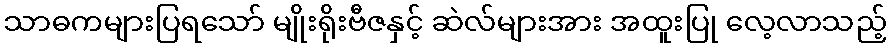
သာဓကများပြရသော် မျိုးရိုးဗီဇနှင့် ဆဲလ်များအား အထူးပြု လေ့လာသည့်